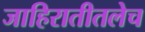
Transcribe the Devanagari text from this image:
जाहिरातीतलेच